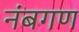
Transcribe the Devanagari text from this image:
नंबगण